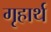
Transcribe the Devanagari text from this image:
गृहार्थ